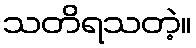
သတိရသတဲ့။